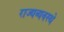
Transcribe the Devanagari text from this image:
राज्यव्यवस्थे